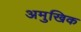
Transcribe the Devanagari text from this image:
अमुखिक